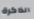
الذاكرة